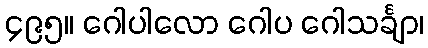
၄၉၅။ ဂေါပါလော ဂေါပ ဂေါသင်္ချာ၊